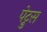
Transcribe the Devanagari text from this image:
पेट्रुस